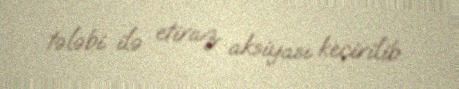
tələbi ilə etiraz aksiyası keçirilib.